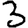
Digit: 3